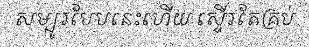
សម្បូរបែបនេះហើយ ស្ទើរតែគ្រប់